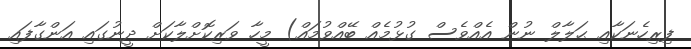
ފިރިހެނަކާއި ޙަލާލް ނުން އެއްވެސް ގުޅުމެއް ބޭއްވުމައް) މީހާ ވަރިކޮށްލާކަށް ދީނުގައި އަންގާފައި